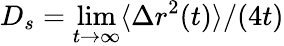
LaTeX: D_{s}=\operatorname*{lim}_{t\to\infty}\langle\Delta r^{2}(t)\rangle/(4t)